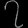
Digit: ၇